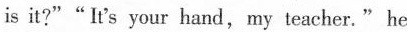
is it?""It's your hand,my teacher." he